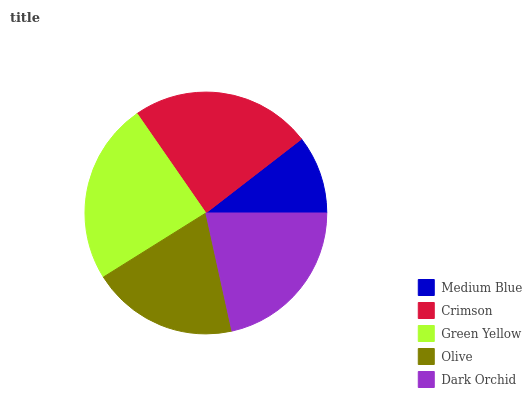
| Medium Blue | Crimson | Green Yellow | Olive | Dark Orchid |
 | --- | --- | --- | --- | --- |
 | 10.5% | 24.2% | 24.2% | 19.6% | 21.5% |